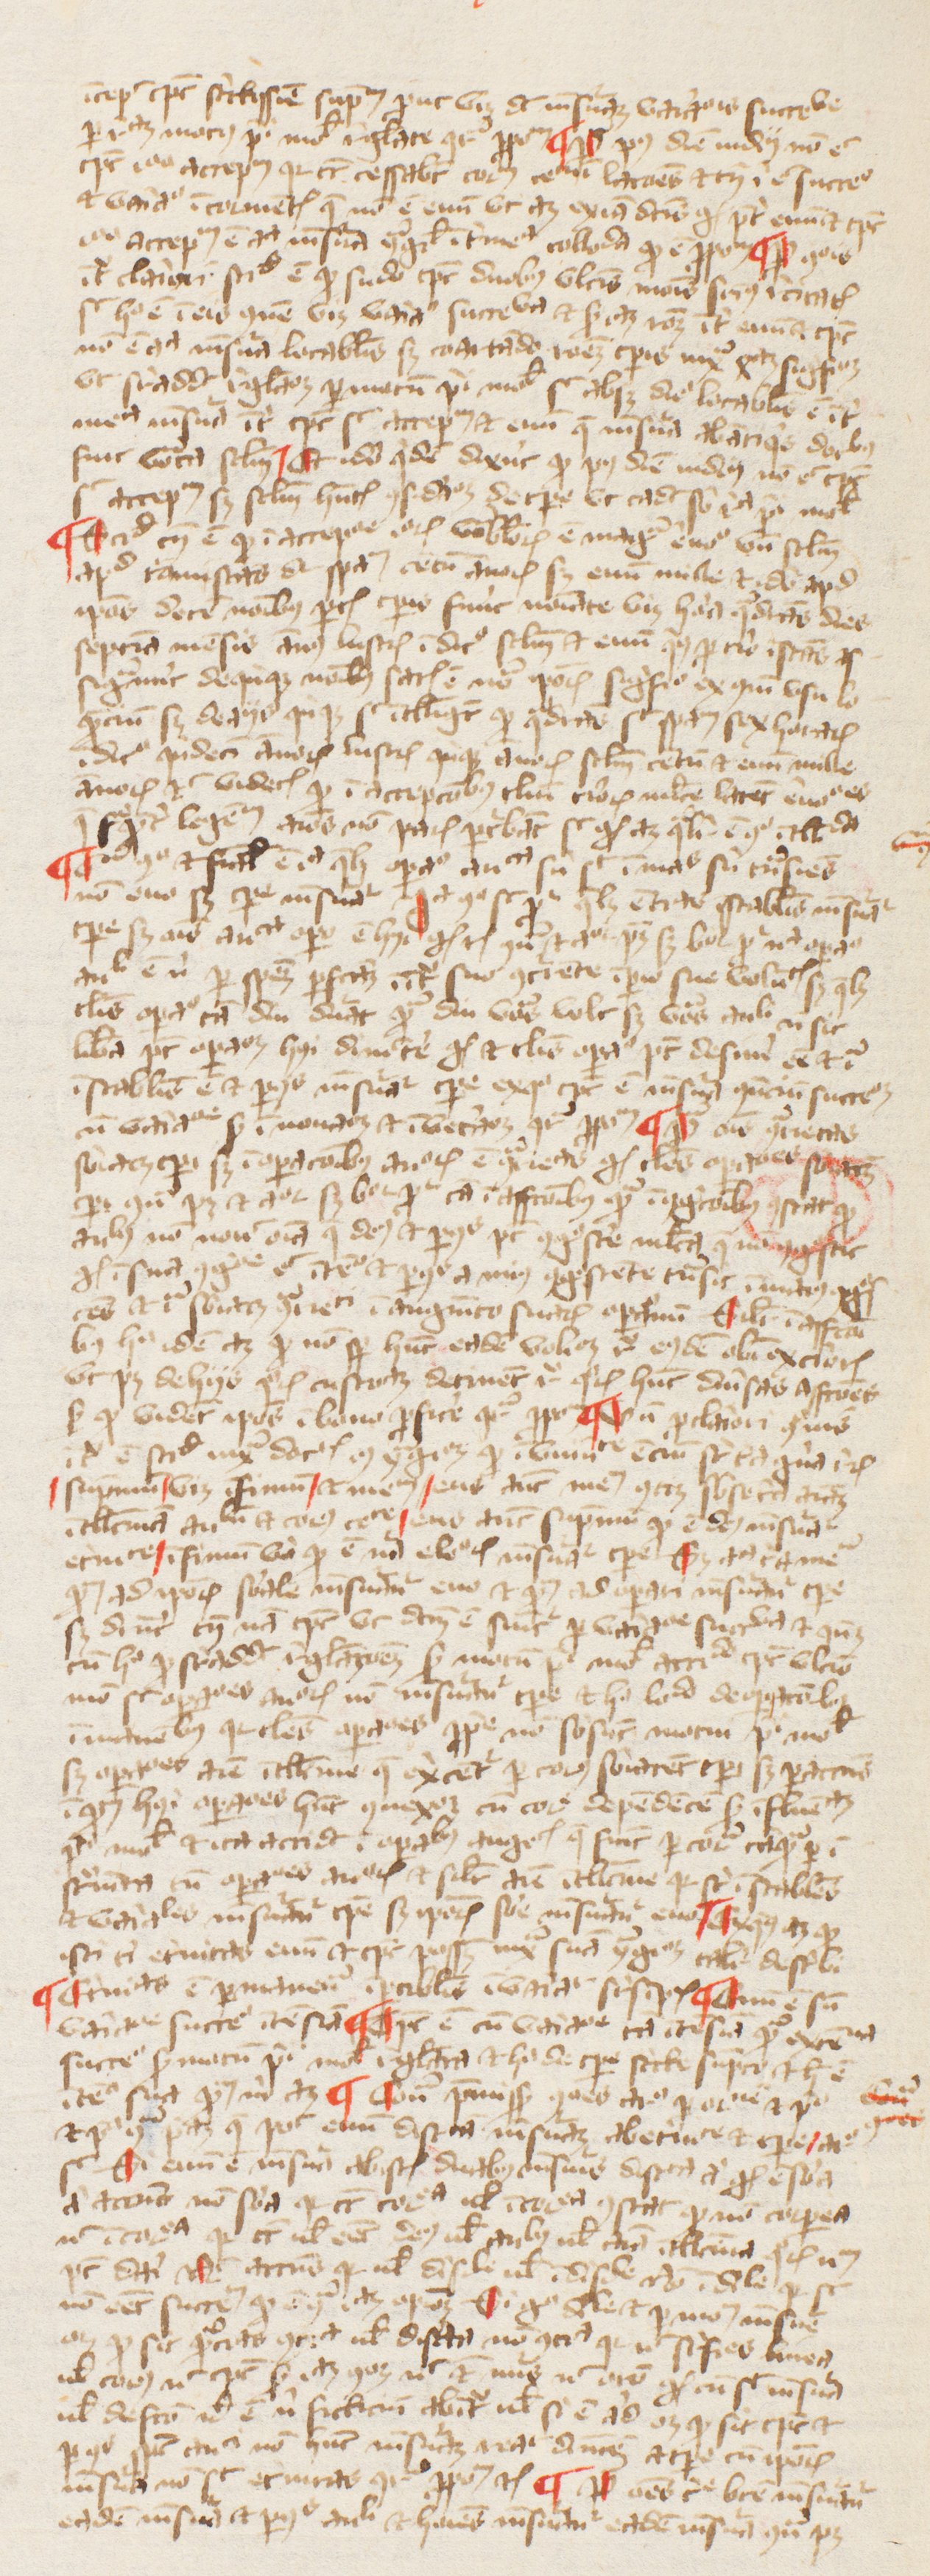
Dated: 1380–1389